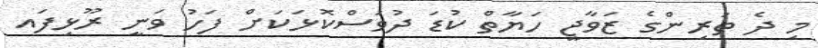
މި ދެ ތަރިންގެ ޒަވާޖީ ހަޔާތް ކުޑަ ދުވަސްކޮޅަކަށް ފަހު ވަނީ ރޫޅިފައ